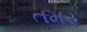
તમર